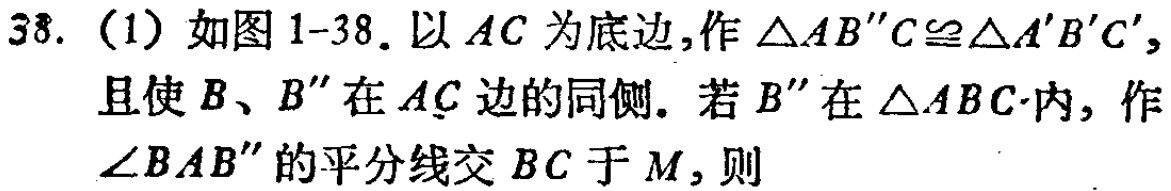
38. (1) 如图1-38. 以 \(AC\) 为底边, 作 \(\triangle AB''C\cong\triangle A'B'C'\), 且使 \(B、B''\) 在 \(AC\) 边的同侧. 若 \(B''\) 在 \(\triangle ABC\) 内, 作 \(\angle BAB''\) 的平分线交 \(BC\) 于 \(M\), 则